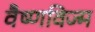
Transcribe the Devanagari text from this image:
वैष्णविज्म